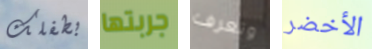
بطفلك جربتها وتعرف الأخضر